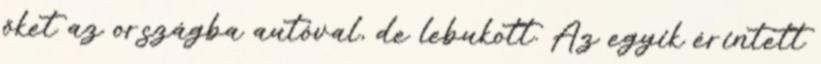
őket az országba autóval, de lebukott. Az egyik érintett